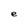
Character: e